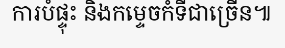
ការបំផ្ទុះ និងកម្ទេចកំទីជាច្រើន៕